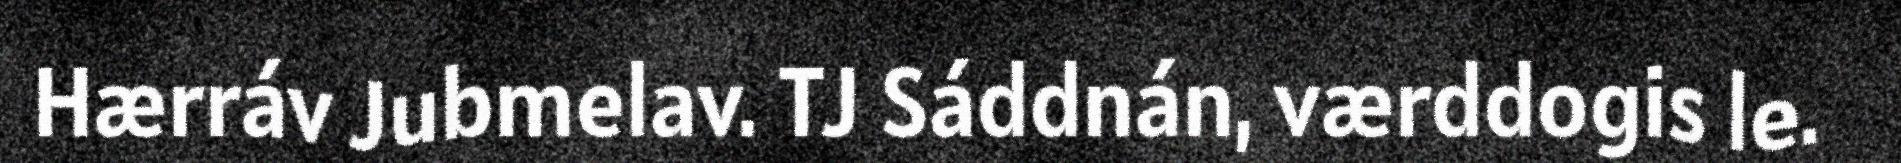
Hærráv Jubmelav. TJ Sáddnán, værddogis le.